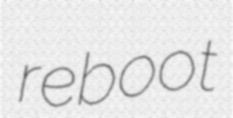
reboot